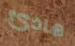
هادئ